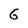
Character: G